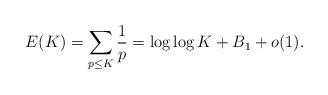
LaTeX: \begin{align*}E(K)=\sum_{p\leq K}\frac{1}{p}=\log\log K+B_{1}+o(1).\end{align*}